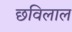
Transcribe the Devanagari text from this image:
छविलाल